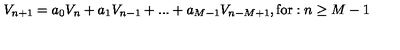
V _ { n + 1 } = a _ { 0 } V _ { n } + a _ { 1 } V _ { n - 1 } + . . . + a _ { M - 1 } V _ { n - M + 1 } , \mathrm { f o r } : n \geq M - 1